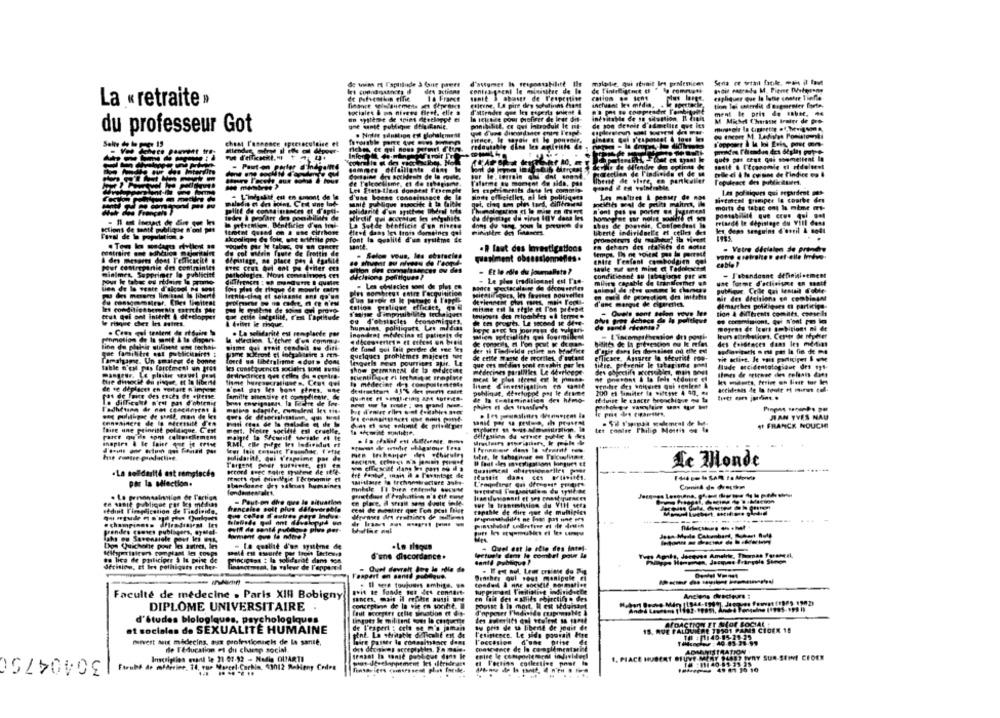
de wias rt l'apilinde 3 due pers
d'assumer
contra pacht le minesitee de
1& France
La « retraite »
(tiene, La pire dey solufinns se
tinn lei caril d'augmenter forte.
ment le pris de .obec. ..
M Michel Charasse Brater de pro-
du professeur Got
gne sante publique @flaskanie.
ponibilitt. CE qui introduif Ie mi-
de son detort d'sdetlitt que its
. Noire saluation est globalement
Solte
chest l'anno
pat l'annonce spectaculaire et
Mich
redoutable dins Inn #riviste de
ques pas cest qui soumettent la
de Wieder do ogfinns Of
Peut-on parler @megan
(Tectien de l'individu el de sa
de flere, en pankaliet
V'alarme eu moment de sida, pos
Lot Eintolles dondest l'exemple
d'une bonne connaissance de le
sivement grimper le courbe des
dict de containances et d'apii-
snit publique tocite & ba Giche
morts de tabac ent la mime ms
des I profarr des ponbilets de
du dipitlage de virus INY dans les
thes de poorter, Confondant
Friaodd le dépistage du Vill dass
Itions de sant
La Setde blotlicit Con nice.
let dans Sanguins d'avril & solt
Foral de le popul
mint qused on & Ese cifthere
cooliges de foie, whe artene pro-
liberte individuele et celles de
font la qualité d'un système de
en dehors des statuts de sotae
de col utérin faute de Trotti de
sante.
. R laut des investigations
. Votre désialen de prendre
& des mevores dont Tefficacité @ dépistage, no place pey & Pastile
quasiment obsessionefies .
cable ?
minimet, Supprimer
publichtt
Et le role du journaliste ?
- J'abandonne deDnigisement
dicisions pofftiques ?
Le plus traditionnel en T'as-
miley Capable de tramte
conditionnt BU
a de la vente d'alcool, Pe Boot
fois piet de flaque de mowle cadre
dans meseres lima
Pr sombres
consommateur. Elles limitent
nif des decisions on combinset
mitme est le sigle et T'on prevent
d'une mengst de cigerettet.
démarches politiques e partecipa
Stut qui ont interet & développer
gar entie lottalitt, C'est L'aptitude
- Ovets sont selon roye Ive
tion A Mifftreats comits, conseils
& foihet le Fioque.
ou d'obstacles Ceonomiques.
. Cees guel testent de ott
. La solidarité est meoplacte por
Inondent medecins of patients de
Mien afcisl iths qui fourmill
des Coldeaces dans les medins
Some Gal Brait cended aw difi
de fund qui fait perdre de vee les
Quelques problèmes majestt tur
de ettle Warte de poortles, d'a
efficace. Assurer la sécurisé roo-
table n'est pas forcement un Brot
Tamshame. Un smaleer de bonne
force ua liberalisme .durs cons
lageths news pourrises apit.
tidse. prévenir le tabagisme sons
Itude accidentatogiant drs 11
Mangeur. Le plaisir seauel pre
Show REImanEM de ta efile
Médecines paralitles Le Aderices
the dinsocie du risque, et la liberté
de se deplacer en wertart # impose
Is medecint das con poslemente
pas de faire des toces de eirense
pehlique, deretuppe pas le
Is difficult n'est pas d'obtenir
tedwise le cancer bronchitrue qu la
JAN YVES NAU
# FRANCE NOUCH!
faire une painritt poldique. C'est
Hotre socidie est cruelle.
tet contre Philip Mortis +4 4
RMI, elle puifge Irs individut rf
men Irchapter
Haidaril, Qui fraprime por de
Thrgent peer turerett,
Le Monde
. La solidarité est remplacée
accord Fenc notre système de it'es
par la sélection.
stendosne dry valevet humaines
minhale 11 bien entemily bocuse
Commind do Proction
en sanie publique par les médias
mion du VIH sera
vedinit Fireplication de Toedicido.
frencelee soll phes défavorable
CEM de mupetrer que l'on peut Friet
cepthle de dire que de multiples
depraes Art ershines de medlems
----
prendes cowses publagers, ayelet-
plus per-
Lahs os Savensiole pour les eyA,
Dos Quichante pour les autres, les
la qualité d'un système
Quel est le ctie des intel-
na lica de participer & Ia tuine de
dem se
d'une discordance .
lectuels dem le comtel pour in
Santé publique ?
decision, Et Irs politigats rocher-
Feapart en santé publique.
Quel devrait Jog le odia de
Denthey qui Fout manipule ef
-----
. Il were toujours embigs. 98
Faculté de médecine . Paris XIN Bobigny!
#*if te Sonde sus det condarte
Anciens dvecteurs i
sances, mais il reciben aussi une
conceptann de la vie en societe.
en fait des ashits poprctino des
DIPLOME UNIVERSITAIRE
Indinido ruaprsaNe &
faut socegers celle simustion ( dy-
d'études blologiques, psychologiques
Lingots Ie militant tous la citquette
AfDACTION ET Mor BOCIAL
et sociales de SEXUALITÉ HUMAINE
de l'expert : cela se mio jaman
as pris de ta liberte de jouit de
15. QUE FALOVIENE
QUIERE 79501 PA
PANS CIOEX 18
pint. La otritable d'Ticalit ent de
Tetipeace, Le sida pourait être
FALL
TO : 1140.05.25.25
Invest Mit médecins, aux professionnels de La santé,
faire passer la consaltsince dans
l'occasion d'une prise de
30404750
de l'education oi du charep social
hentaring
ADMINISTRATION
Inscription esand le 21-07-12 - Media OUARTE
enise le comporie ures
SIUVE MENY 948BY IVRY SUR-SEINE CEDEX
bilective poet io
40110 10